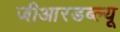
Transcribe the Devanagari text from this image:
जीआरडब्ल्यू